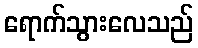
ရောက်သွားလေသည်